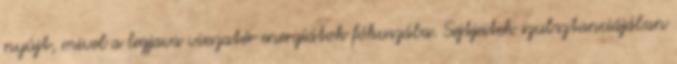
nyújt, mivel a legjava visszatér energiátok fókuszába. Sejtjeitek szubsztanciájában